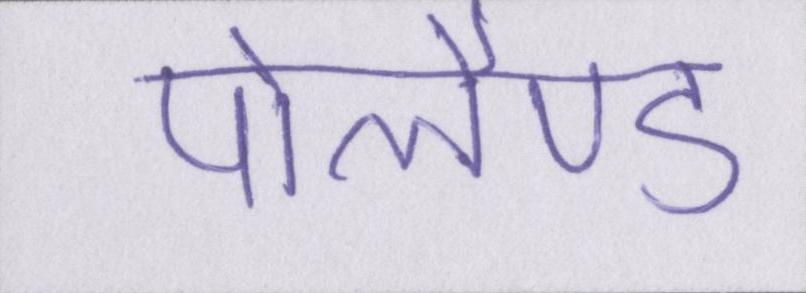
पोलैण्ड